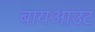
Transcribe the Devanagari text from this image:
बायआउट